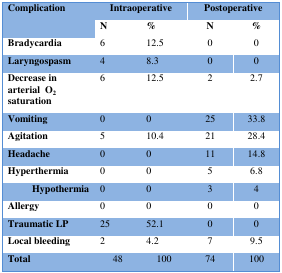
| Complication | <COLSPAN=2> Intraoperative | <COLSPAN=2> Postoperative |
 |  | N | % | N | % |
 | --- | --- | --- | --- | --- |
 | Bradycardia | 6 | 12.5 | 0 | 0 |
 | Laryngospasm | 4 | 8.3 | 0 | 0 |
 | Decrease in arterial O2 saturation | 6 | 12.5 | 2 | 2.7 |
 | Vomiting | 0 | 0 | 25 | 33.8 |
 | Agitation | 5 | 10.4 | 21 | 28.4 |
 | Headache | 0 | 0 | 11 | 14.8 |
 | Hyperthermia | 0 | 0 | 5 | 6.8 |
 | Hypothermia | 0 | 0 | 3 | 4 |
 | Allergy | 0 | 0 | 0 | 0 |
 | Traumatic LP | 25 | 52.1 | 0 | 0 |
 | Local bleeding | 2 | 4.2 | 7 | 9.5 |
 | Total | 48 | 100 | 74 | 100 |